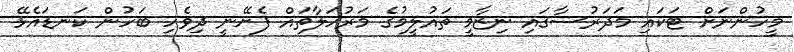
މީހުންނަށް ޓަކައި މަދަރުސާގައި ނިޒާމީ ތައުލީމުގެ މަރުހަލާތައް ފެށޭނީ ދިވެހި ބަހުން ކަނޑައެޅޭ